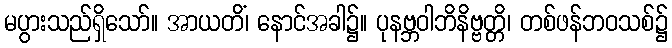
မပွားသည်ရှိသော်။ အာယတိံ၊ နောင်အခါ၌။ ပုနဗ္ဘဝါဘိနိဗ္ဗတ္တိ၊ တစ်ဖန်ဘဝသစ်၌